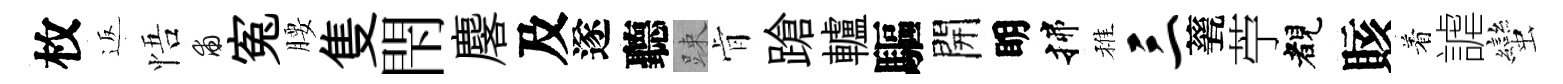
枚返悟甫寃腰隻閇麐及遂聽踈肻蹌轤驅開眀揲稚三甆苧睹賅着謔蠻